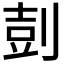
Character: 𪟌